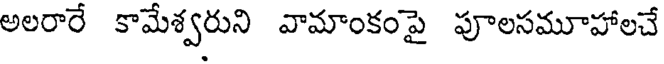
అలరారే కామేశ్వరుని వామాంకంపై పూలసమూహాలచే